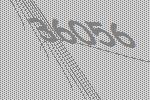
36056